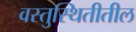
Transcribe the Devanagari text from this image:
वस्तुस्थितीतील